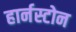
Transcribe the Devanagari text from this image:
हार्नस्टोन